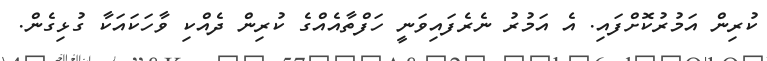
ކުރިން އަމުރުކޮށްފައި. އެ އަމުރު ނެރެފައިވަނީ ހަފްތާއެއްގެ ކުރިން ދެއްކި ވާހަކައަކާ ގުޅިގެން.